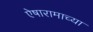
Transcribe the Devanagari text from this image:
ऐषारामाच्या